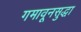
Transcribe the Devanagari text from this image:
गमावूनसुद्धा